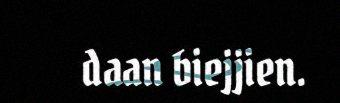
daan biejjien.